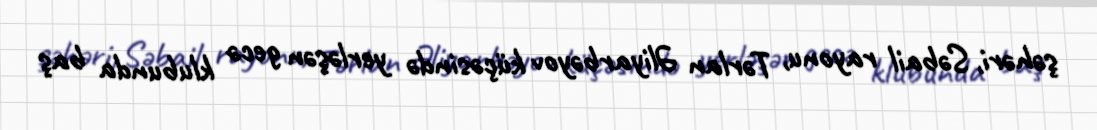
şəhəri, Səbail rayonu, Tərlan Əliyarbəyov küçəsində yerləşən gecə klubunda baş